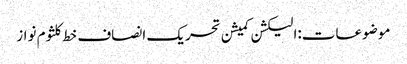
موضوعات:الیکشن کمیشن تحریک انصاف خط کلثوم نواز